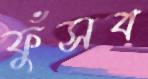
ফুঁসব